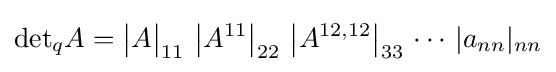
{\det }_{q}A={\bigl |}A{\bigr |}_{11}\,\left|A^{11}\right|_{22}\,\left|A^{12,12}\right|_{33}\,\cdots \,|a_{nn}|_{nn}